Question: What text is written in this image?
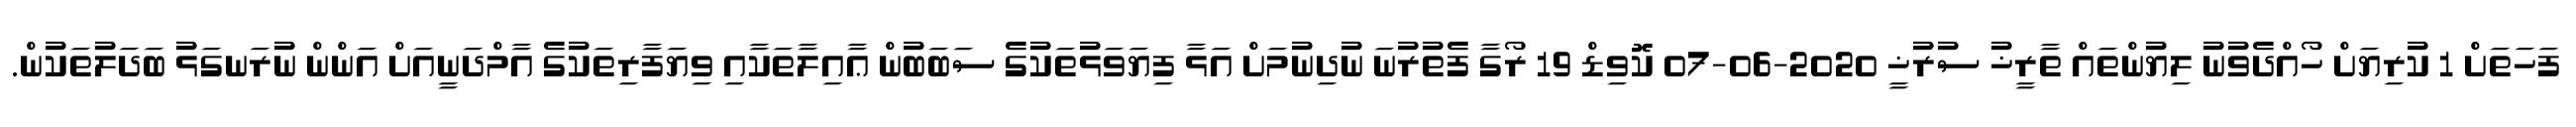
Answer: ފަހަތަށް 1 ކުރިޔަށް ހޯއްދެވުނު ލިޔުންތައް ތާރީޚު ސުރުޚީ 2020-06-07 ކޮވިޑް 19 ރޯގާ ފެތުރުނަ ނުދިނުމަށް އަޅާ ފިޔަވަޅުތަކުގެ ސަބަބުން ޢާއިލާތަކާއި ވިޔަފާރިތަކުގެ އާމްދަނީއަށް އަންން ނުރަނގަޅު ބަދަލުތަކުން.